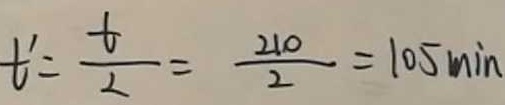
t ^ { \prime } = \frac { t } { 2 } = \frac { 2 1 0 } { 2 } = 1 0 5 \min